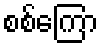
စစ်ကြော